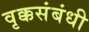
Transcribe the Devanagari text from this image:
वृक्कसंबंधी